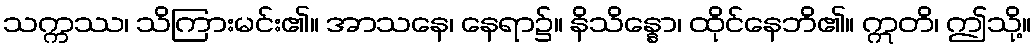
သက္ကဿ၊ သိကြားမင်း၏။ အာသနေ၊ နေရာ၌။ နိသိန္နော၊ ထိုင်နေဘိ၏။ ဣတိ၊ ဤသို့။